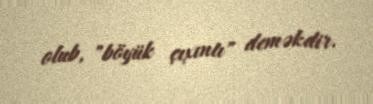
olub, "böyük çıxıntı" deməkdir.